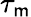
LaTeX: \tau_{\mathsf{m}}